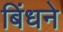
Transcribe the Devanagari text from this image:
बिंधने